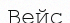
Вейс